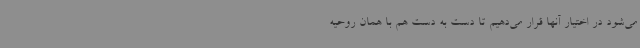
می‌شود در اختیار آنها قرار می‌دهیم تا دست به دست هم با همان روحیه